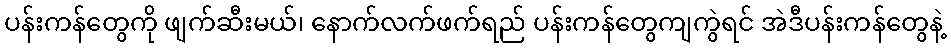
ပန်းကန်တွေကို ဖျက်ဆီးမယ်၊ နောက်လက်ဖက်ရည် ပန်းကန်တွေကျကွဲရင် အဲဒီပန်းကန်တွေနဲ့